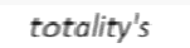
totality's